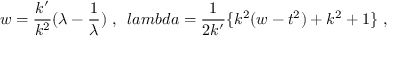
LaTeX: w = \frac { k ^ { \prime } } { k ^ { 2 } } ( \lambda - \frac { 1 } { \lambda } ) \ , \ \, l a m b d a = \frac { 1 } { 2 k ^ { \prime } } \{ k ^ { 2 } ( w - t ^ { 2 } ) + k ^ { 2 } + 1 \} \ ,